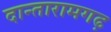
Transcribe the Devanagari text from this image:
दान्तारामगढ़